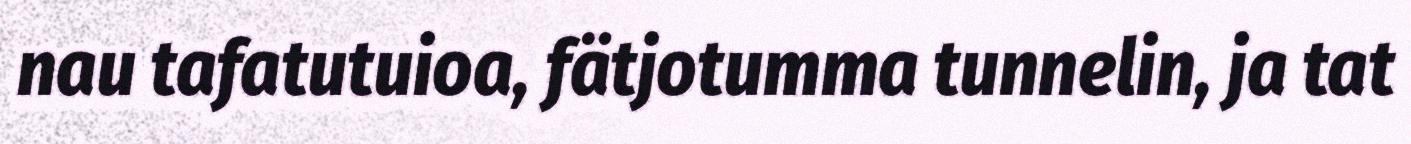
nau tafatutuioa, fätjotumma tunnelin, ja tat